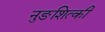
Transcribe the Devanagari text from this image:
नुङशित्की